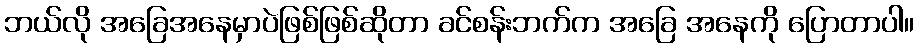
ဘယ်လို အခြေအနေမှာပဲဖြစ်ဖြစ်ဆိုတာ ခင်စန်းဘက်က အခြေ အနေကို ပြောတာပါ။